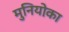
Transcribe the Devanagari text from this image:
मुनियो़का